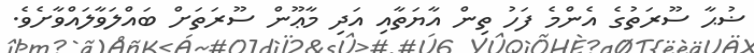
ޟުޙާ ސޫރަތުގެ އެންމެ ފަހު ތިން އާޔަތާއި އަދި މާޢޫން ސޫރަތަށް ބައްލަވާލައްވާށެވެ.